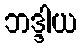
ဘဒ္ဒါယ